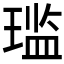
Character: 𫞨